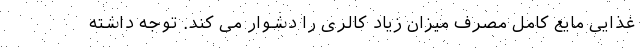
غذایی مایع کامل مصرف میزان زیاد کالری را دشوار می کند. توجه داشته